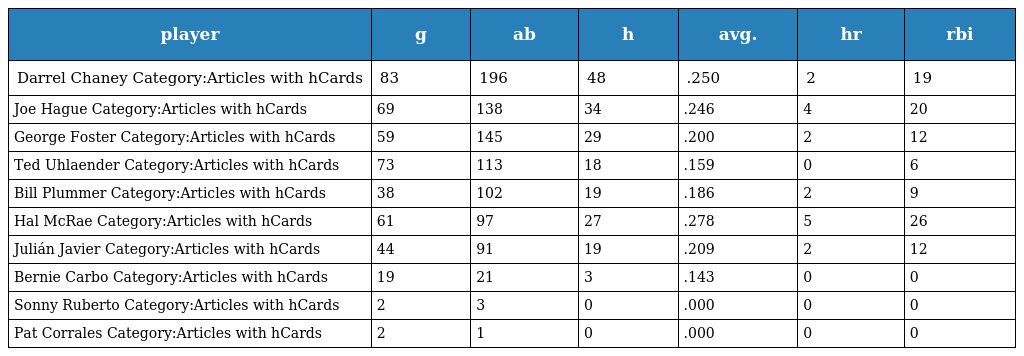
| player | g | ab | h | avg. | hr | rbi |
 | --- | --- | --- | --- | --- | --- | --- |
 | Darrel Chaney Category:Articles with hCards | 83 | 196 | 48 | .250 | 2 | 19 |
 | Joe Hague Category:Articles with hCards | 69 | 138 | 34 | .246 | 4 | 20 |
 | George Foster Category:Articles with hCards | 59 | 145 | 29 | .200 | 2 | 12 |
 | Ted Uhlaender Category:Articles with hCards | 73 | 113 | 18 | .159 | 0 | 6 |
 | Bill Plummer Category:Articles with hCards | 38 | 102 | 19 | .186 | 2 | 9 |
 | Hal McRae Category:Articles with hCards | 61 | 97 | 27 | .278 | 5 | 26 |
 | Julián Javier Category:Articles with hCards | 44 | 91 | 19 | .209 | 2 | 12 |
 | Bernie Carbo Category:Articles with hCards | 19 | 21 | 3 | .143 | 0 | 0 |
 | Sonny Ruberto Category:Articles with hCards | 2 | 3 | 0 | .000 | 0 | 0 |
 | Pat Corrales Category:Articles with hCards | 2 | 1 | 0 | .000 | 0 | 0 |